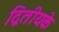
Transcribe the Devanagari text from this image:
द्वितीयके